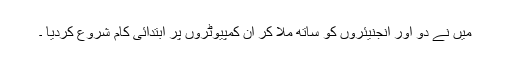
میں نے دو اور انجنیئروں کو ساتھ ملا کر ان کمپیوٹروں پر ابتدائی کام شروع کردیا ۔